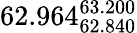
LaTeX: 62.964_{62.840}^{63.200}